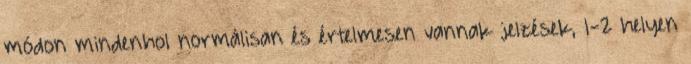
módon mindenhol normálisan és értelmesen vannak jelzések, 1-2 helyen